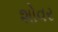
શોવર